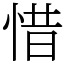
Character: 惜